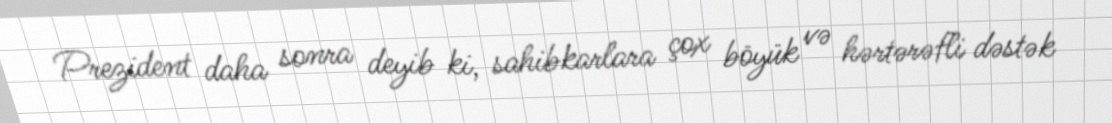
Prezident daha sonra deyib ki, sahibkarlara çox böyük və hərtərəfli dəstək